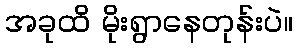
အခုထိ မိုးရွာနေတုန်းပဲ။